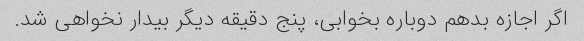
اگر اجازه بدهم دوباره بخوابی، پنج دقیقه دیگر بیدار نخواهی شد.